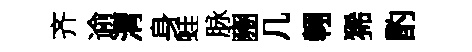
齐逾渭身蛙脉豳几翱狶酌